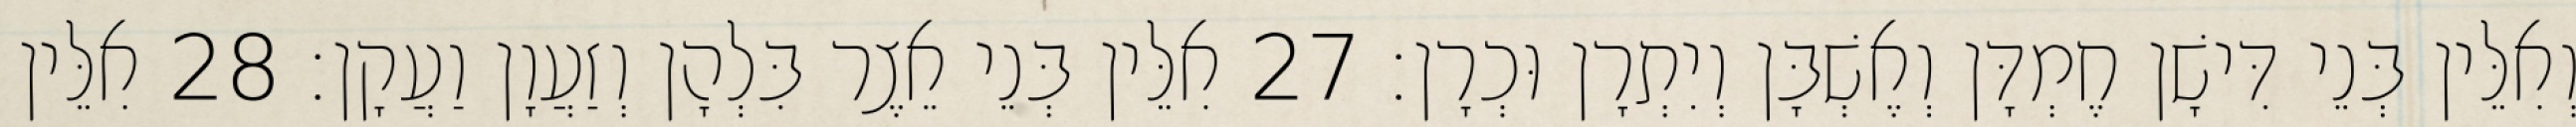
וְאִלֵּין בְּנֵי דִּישָׁן חֶמְדָּן וְאֶשְׁבָּן וְיִתְרָן וּכְרָן׃ 27 אִלֵּין בְּנֵי אֵצֶר בִּלְהָן וְזַעֲוָן וַעֲקָן׃ 28 אִלֵּין